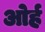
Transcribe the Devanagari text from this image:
ओर्ह